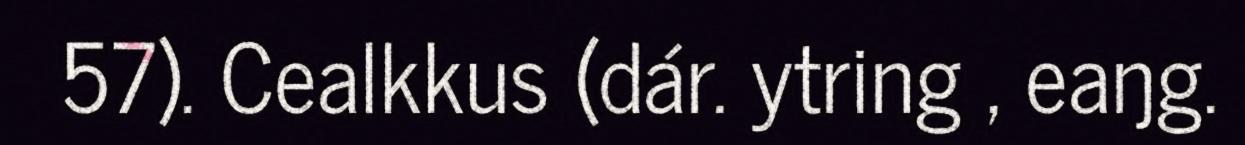
57). Cealkkus (dár. ytring , eaŋg.